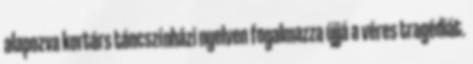
alapozva kortárs táncszínházi nyelven fogalmazza újjá a véres tragédiát.